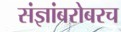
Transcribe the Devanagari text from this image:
संज्ञांबरोबरच